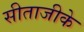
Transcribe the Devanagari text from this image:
सीताजीके